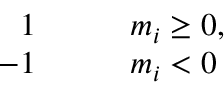
\begin{array} { r l r l } { \, 1 } & { { } } & { } & { { } m _ { i } \ge 0 , } \\ { \, - 1 } & { { } } & { } & { { } m _ { i } < 0 } \end{array}